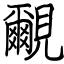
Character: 覼